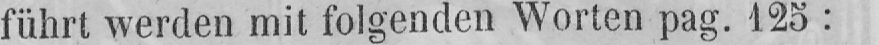
führt werden mit folgenden Worten pag. 125: